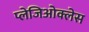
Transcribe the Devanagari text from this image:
प्लेजिओक्लेस